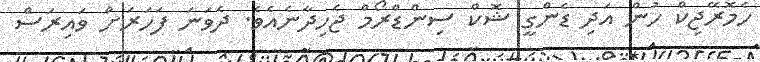
ހެމޮރޭޖިކް ހުން އަދި ޑެންގީ ޝޮކް ސިންޑްރޯމް ޖެހިދާނެއެވެ. ދެވަނަ ފަހަރަށް ވައިރަސް